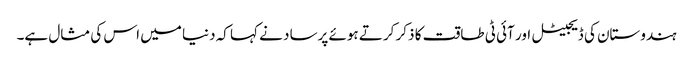
ہندوستان کی ڈیجیٹل اور آئی ٹی طاقت کا ذکر کرتے ہوئے پرساد نے کہا کہ دنیا میں اس کی مثال ہے۔